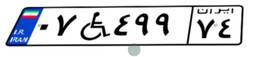
۰۷W۴۹۹۷۴